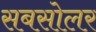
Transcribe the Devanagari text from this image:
सबसोलर